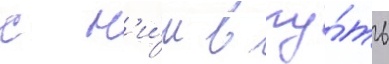
с н'и́м в пу́ть